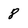
Character: 8